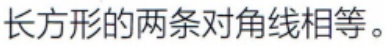
长方形的两条对角线相等。